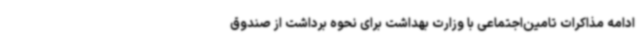
ادامه مذاکرات تامین‌اجتماعی با وزارت بهداشت برای نحوه برداشت از صندوق